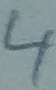
Text: 4